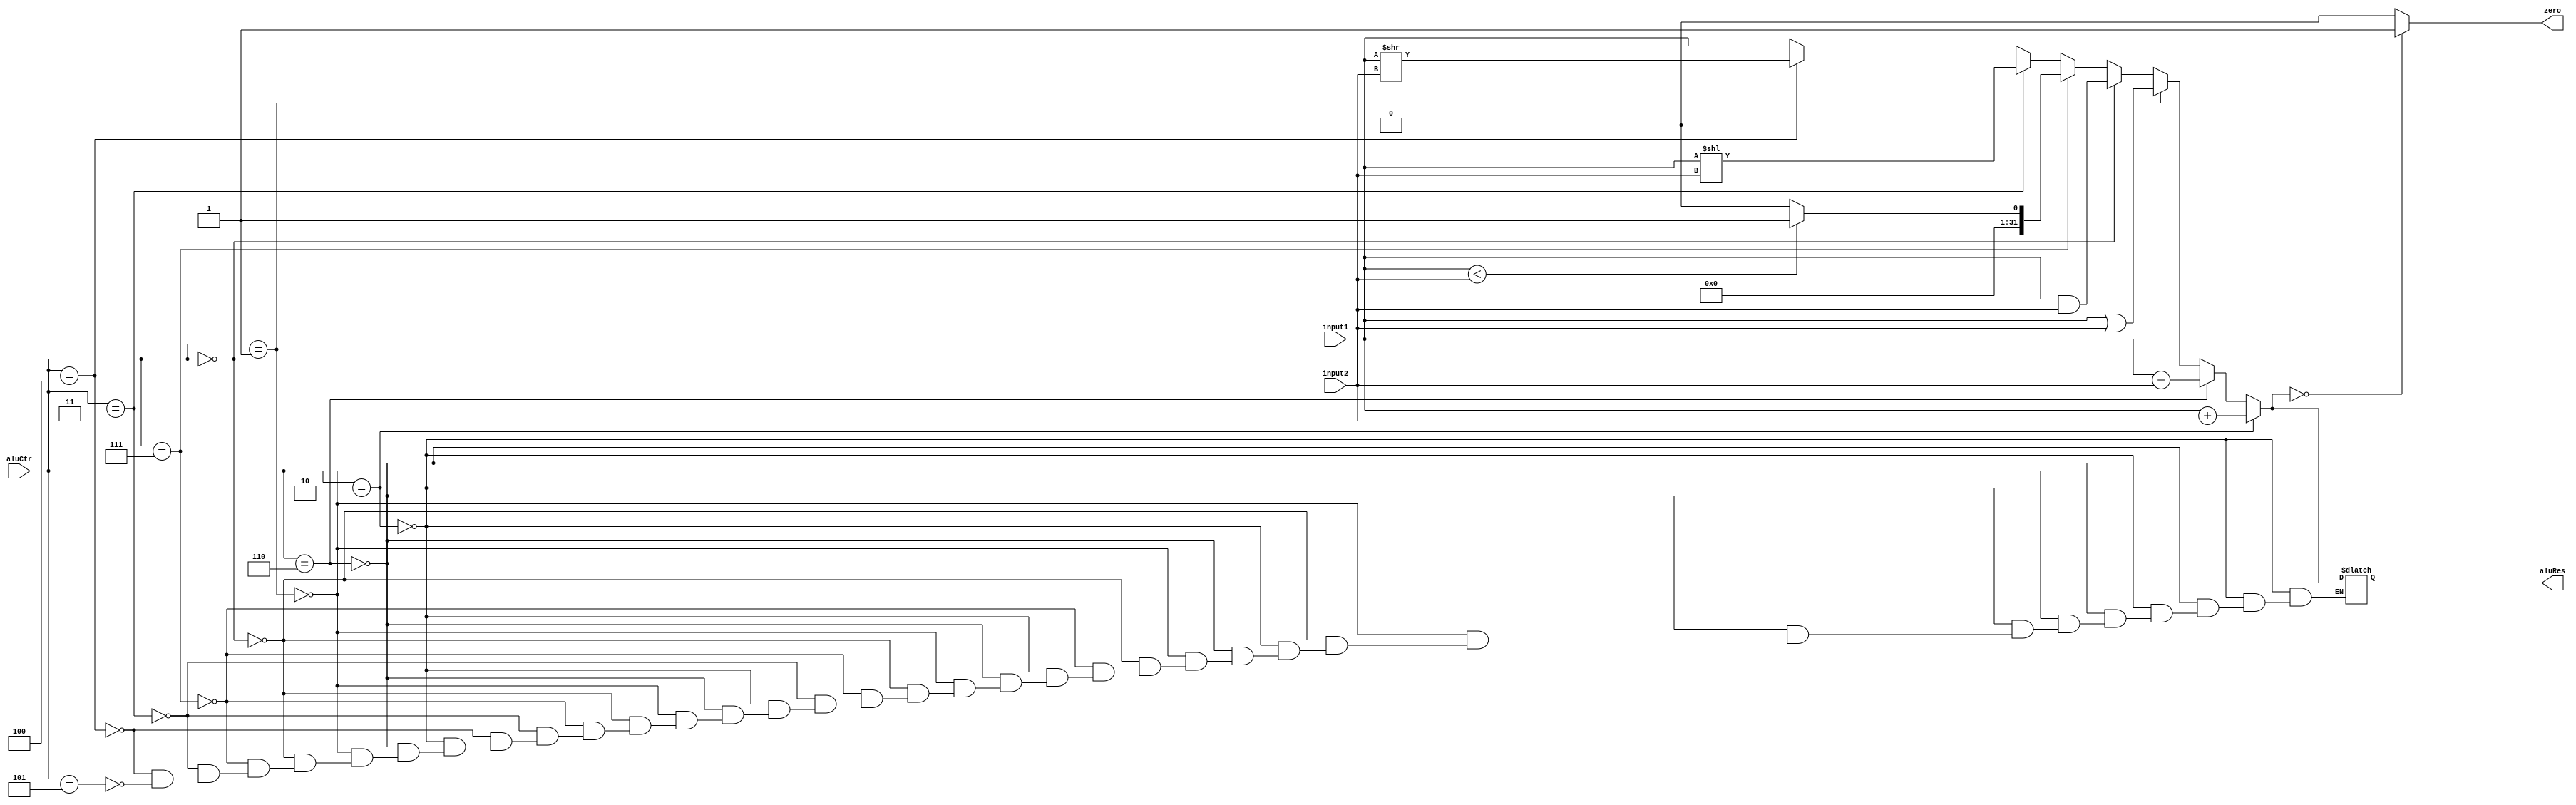
`timescale 1ns / 1ps
//////////////////////////////////////////////////////////////////////////////////
// Company: 
// Engineer: 
// 
// Design Name: 
// Module Name: ALU
// Project Name: 
// Target Devices: 
// Tool Versions: 
// Description: 
// 
// Dependencies: 
// 
// Revision:
// Revision 0.01 - File Created
// Additional Comments:
// 
//////////////////////////////////////////////////////////////////////////////////


module ALU(
    input [3:0] aluCtr,
    input [31:0] input1,
    input [31:0] input2,
    output reg [31:0] aluRes,
    output reg zero
    );
    
    initial begin
        zero = 0;
        aluRes = 0;
    end
    
    always @ (aluCtr or input1 or input2)
    begin
        if(aluCtr == 4'b0010)  //add
        begin
            aluRes = input1 + input2;
            $display("add, ALU input1: %d, ALU input2 is: %d, aluRes is: %d\n", input1, input2, aluRes); 
        end
            
        else if(aluCtr == 4'b0110)  //sub
        begin
            aluRes = input1 - input2;
            $display("sub, ALU input1: %d, ALU input2 is: %d, aluRes is: %d\n", input1, input2, aluRes);
        end
        
        else if(aluCtr == 4'b0001)  //OR
        begin
            aluRes = input1 | input2;
            $display("or, ALU input1: %d, ALU input2 is: %d, aluRes is: %d\n", input1, input2, aluRes);
        end
            
        else if(aluCtr == 4'b0000)  //AND
        begin
            aluRes = input1 & input2;
            $display("and, ALU input1: %d, ALU input2 is: %d, aluRes is: %d\n", input1, input2, aluRes);
        end
            
        else if(aluCtr == 4'b0111)  //slt
        begin
            if(input1 < input2)
                aluRes = 1;
            else
                aluRes = 0; 
            $display("slt, ALU input1: %d, ALU input2 is: %d, aluRes is: %d\n", input1, input2, aluRes);
         end       
         
        else if(aluCtr == 4'b0011)  //sll
        begin
            aluRes = (input1 << input2);
            $display("sll, ALU input1: %d, ALU input2 is: %d, aluRes is: %d\n", input1, input2, aluRes);
        end
        else if(aluCtr == 4'b0100)  //srl
        begin
            aluRes = (input1 >> input2);
            $display("srl, ALU input1: %d, ALU input2 is: %d, aluRes is: %d\n", input1, input2, aluRes);
        end
        else if(aluCtr == 4'b0101)  //j
        begin
            aluRes = input1;
            $display("j, ALU input1: %d, ALU input2 is: %d, aluRes is: %d\n", input1, input2, aluRes);
        end
        else    //NOR
        ;
        
        if(aluRes == 0)
            zero = 1;
        else
            zero = 0;
    end
endmodule